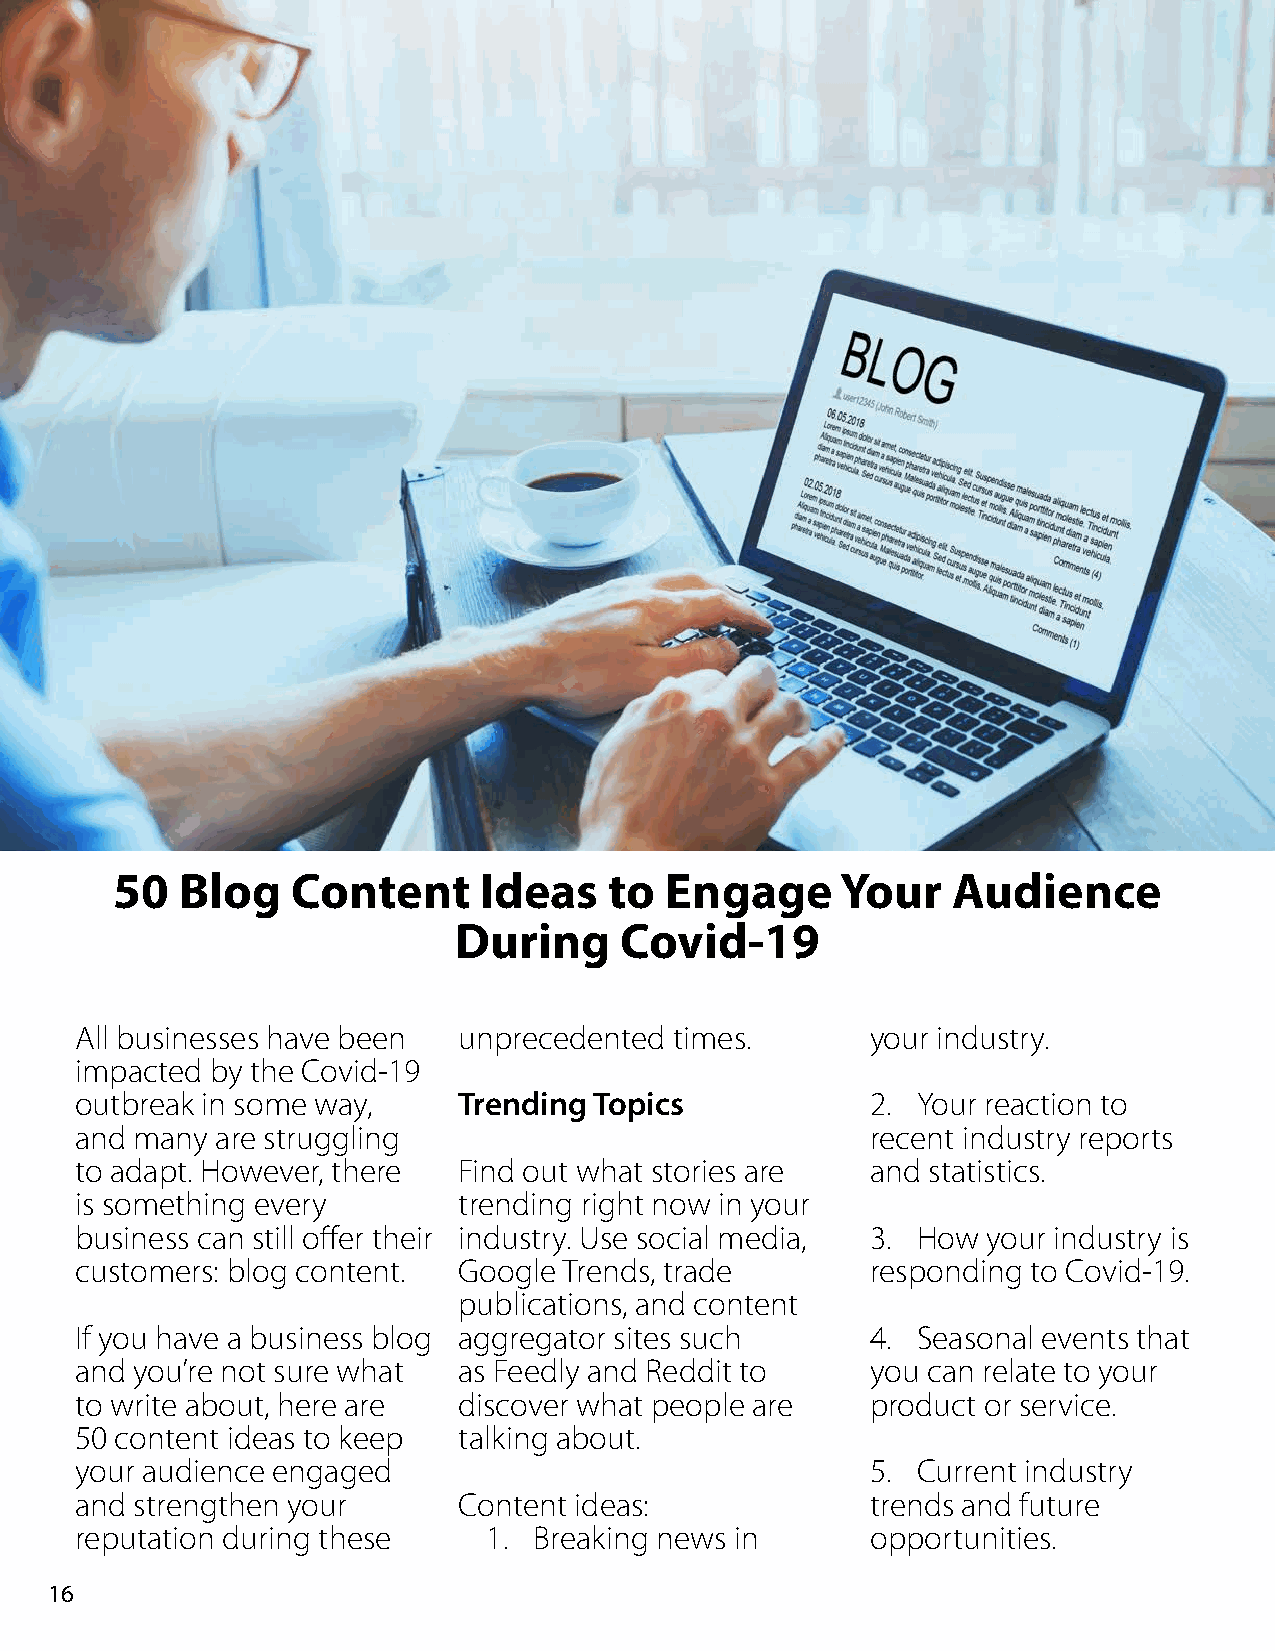
50  Blog   Content      Ideas   to  Engage      Your   Audience
 During     Covid-19
 All businesses have been unprecedented  times.       your industry.
 impacted by the Covid-19
 outbreak in some way,    Trending Topics             2. Your reaction to
 and many are struggling                              recent industry reports
 to adapt. However, there Find out what stories are   and statistics.
 is something every       trending right now in your
 business can still offer their industry. Use social media, 3. How your industry is
 customers: blog content. Google Trends, trade        responding to Covid-19.
 publications, and content
 If you have a business blog aggregator sites such    4. Seasonal events that
 and you’re not sure what as Feedly and Reddit to     you can relate to your
 to write about, here are discover what people are    product or service.
 50 content ideas to keep talking about.
 your audience engaged                                5. Current industry
 and strengthen your      Content ideas:              trends and future
 reputation during these    1. Breaking news in       opportunities.
 16